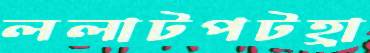
ললাটপটহ্রা